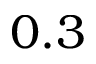
0 . 3